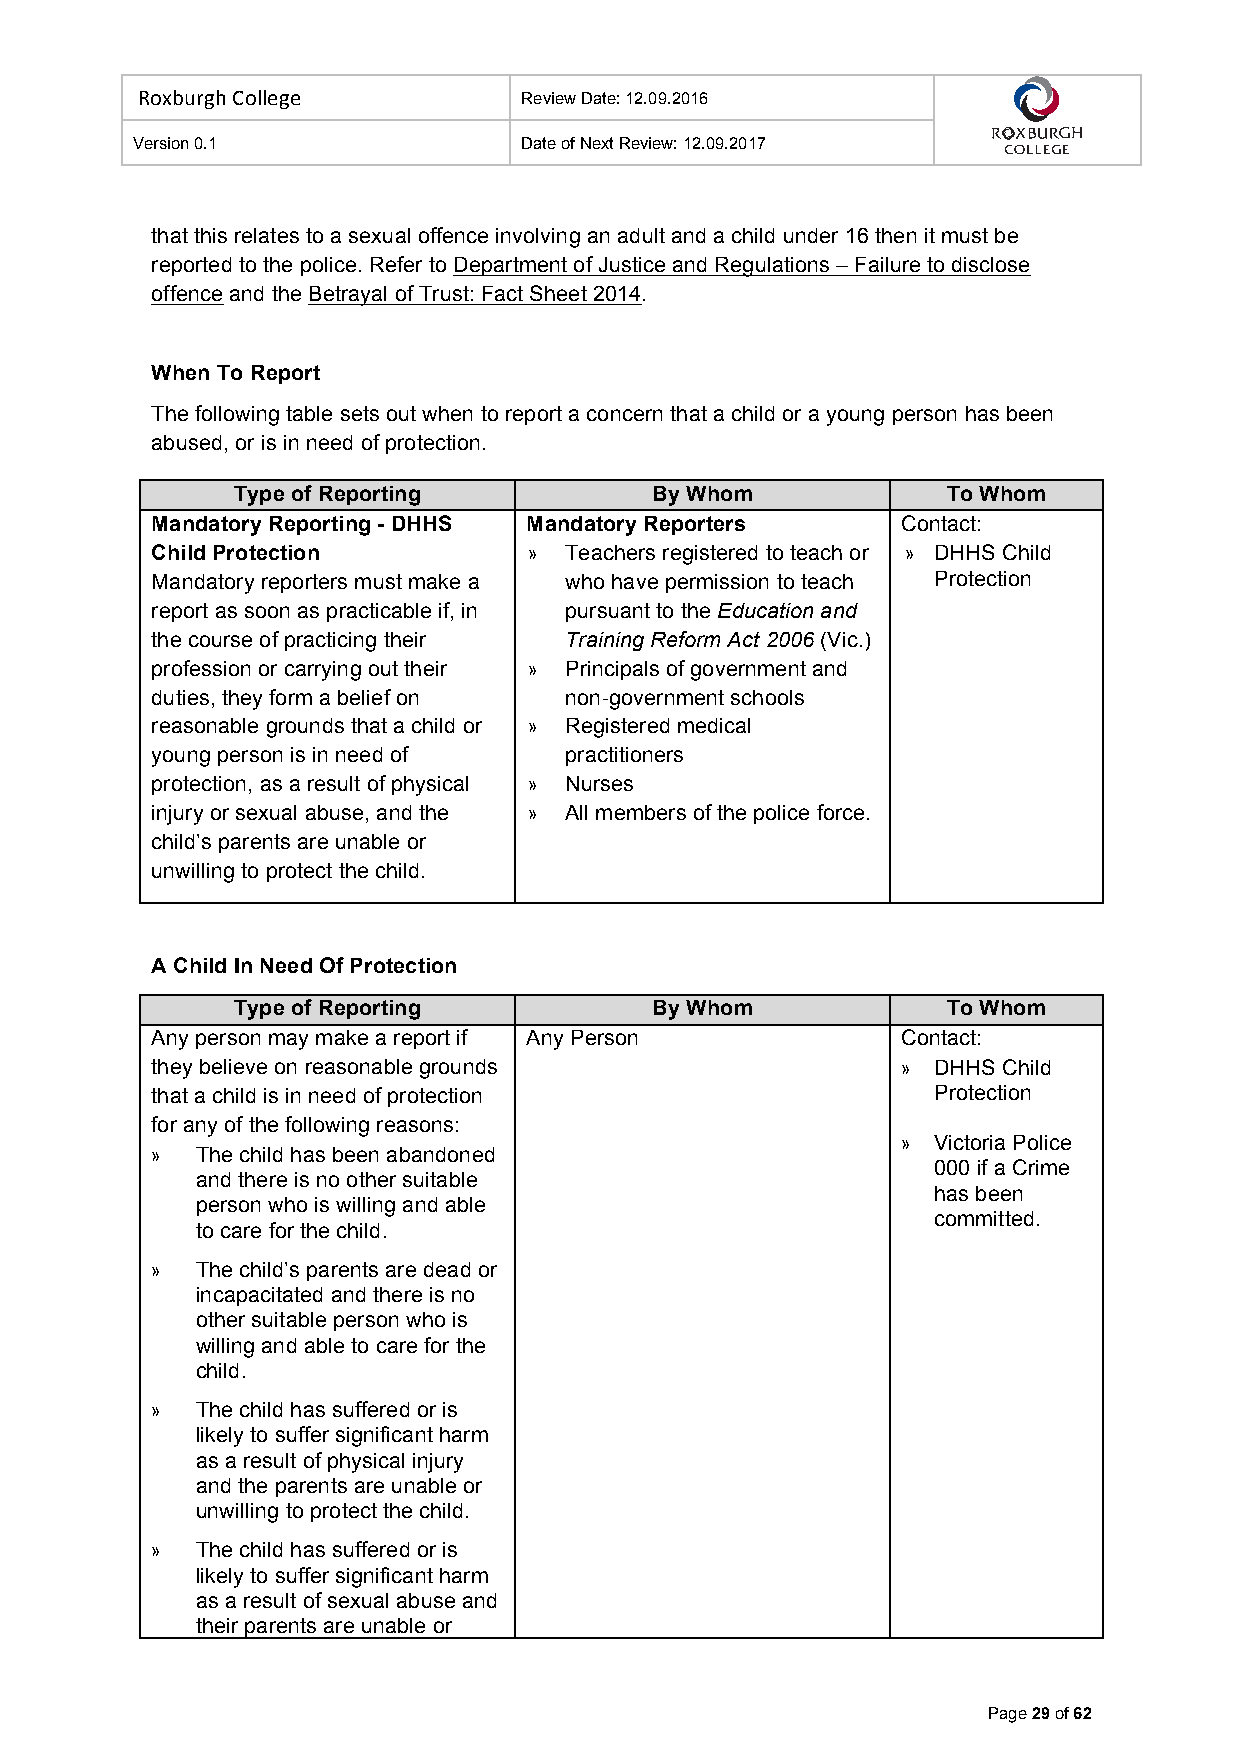
Roxburgh College          Review Date: 12.09.2016
 Version 0.1               Date of Next Review: 12.09.2017
 that this relates to a sexual offence involving an adult and a child under 16 then it must be
 reported to the police. Refer to Department of Justice and Regulations – Failure to disclose
 offence and the Betrayal of Trust: Fact Sheet 2014.
 When To Report
 The following table sets out when to report a concern that a child or a young person has been
 abused, or is in need of protection.
 Type of Reporting           By Whom             To Whom
 Mandatory Reporting - DHHS Mandatory Reporters    Contact:
 Child Protection         » Teachers registered to teach or » DHHS Child
 Mandatory reporters must make a who have permission to teach Protection
 report as soon as practicable if, in pursuant to the Education and
 the course of practicing their Training Reform Act 2006 (Vic.)
 profession or carrying out their » Principals of government and
 duties, they form a belief on non-government schools
 reasonable grounds that a child or » Registered medical
 young person is in need of practitioners
 protection, as a result of physical » Nurses
 injury or sexual abuse, and the » All members of the police force.
 child’s parents are unable or
 unwilling to protect the child.
 A Child In Need Of Protection
 Type of Reporting           By Whom             To Whom
 Any person may make a report if Any Person        Contact:
 they believe on reasonable grounds                » DHHS Child
 that a child is in need of protection               Protection
 for any of the following reasons:
 » Victoria Police
 »  The child has been abandoned
 000 if a Crime
 and there is no other suitable
 has been
 person who is willing and able
 committed.
 to care for the child.
 »  The child’s parents are dead or
 incapacitated and there is no
 other suitable person who is
 willing and able to care for the
 child.
 »  The child has suffered or is
 likely to suffer significant harm
 as a result of physical injury
 and the parents are unable or
 unwilling to protect the child.
 »  The child has suffered or is
 likely to suffer significant harm
 as a result of sexual abuse and
 their parents are unable or
 Page 29 of 62